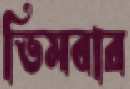
ভিমবার